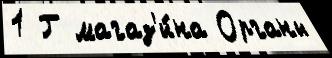
1 Г магаз'и́на Органы